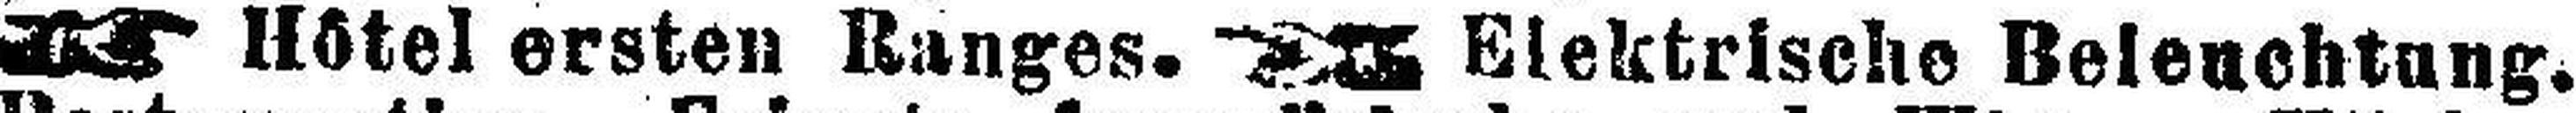
Hôtel ersten Ranges. Elektrische Beleuchtung.